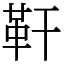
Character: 靬